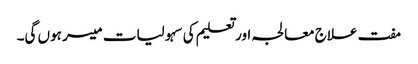
مفت علاج معالجہ اور تعلیم کی سہولیات میسر ہوں گی۔